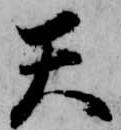
天